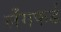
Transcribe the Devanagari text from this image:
लँगफर्ड